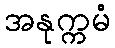
အနုက္ကမံ